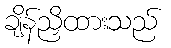
ချိန်ညှိထားသည်